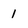
Character: 1